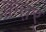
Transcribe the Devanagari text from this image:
क़त़र्